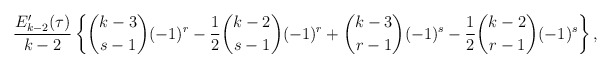
\begin{align*}\frac{E_{k-2}'(\tau)}{k-2}\left\{ \binom{k-3}{s-1}(-1)^r-\frac12\binom{k-2}{s-1}(-1)^{r} + \binom{k-3}{r-1} (-1)^{s}-\frac12 \binom{k-2}{r-1}(-1)^{s} \right\},\end{align*}